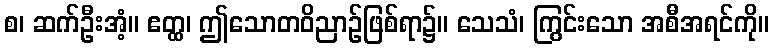
စ၊ ဆက်ဦးအံ့။ ဧတ္ထ၊ ဤသောတဝိညာဉ်ဖြစ်ရာ၌။ သေသံ၊ ကြွင်းသော အစီအရင်ကို။